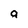
Character: a